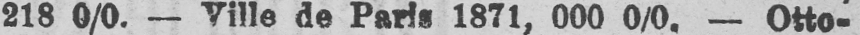
218 0/0. - Ville de Paris 1871, 000 0/0. - Otto-